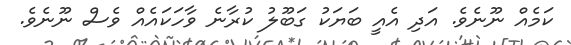
ކަމެއް ނޫނެވެ. އަދި އެއީ ބަޔަކު ގަބޫލު ކުރާނެ ވާހަކައެއް ވެސް ނޫނެވެ.